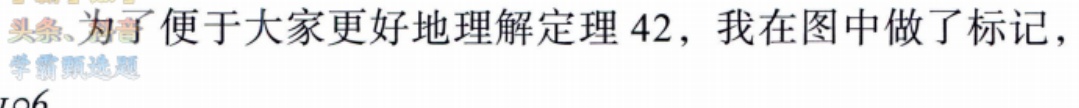
头条、为了便于大家更好地理解定理 42，我在图中做了标记，学霸频选题
106